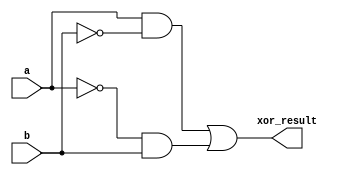
module xor_gate_using_transmission_gates (
    input a,
    input b,
    output xor_result
);

assign xor_result = a & ~b | ~a & b;

endmodule